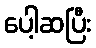
ပေါ့ဆပြီး